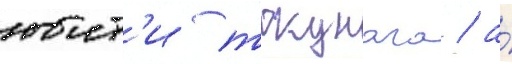
юит'и токунага / а́